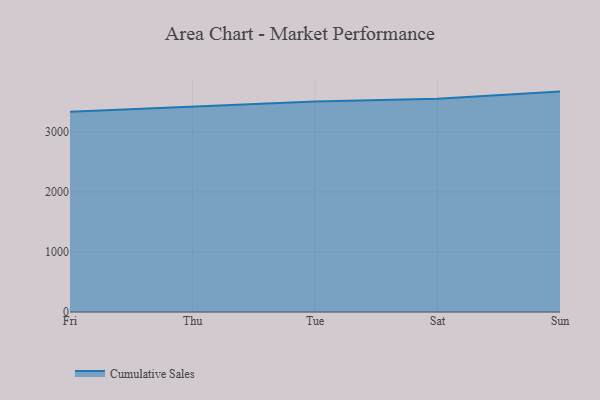
{"axis": {"x": "Day", "y": "Website Visitors"}, "legend": ["Cumulative Sales"], "data": [{"x": "Fri", "y": 3339.2, "type": "Cumulative Sales"}, {"x": "Thu", "y": 3429.9, "type": "Cumulative Sales"}, {"x": "Tue", "y": 3509.3, "type": "Cumulative Sales"}, {"x": "Sat", "y": 3553.6, "type": "Cumulative Sales"}, {"x": "Sun", "y": 3673.0, "type": "Cumulative Sales"}]}